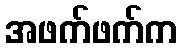
အဖက်ဖက်က